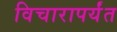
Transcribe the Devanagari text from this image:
विचारापर्यंत